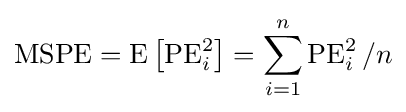
\operatorname {MSPE} =\operatorname {E} \left[\operatorname {PE} _{i}^{2}\right]=\sum _{i=1}^{n}\operatorname {PE} _{i}^{2}/n